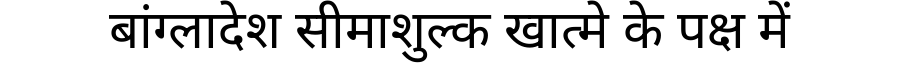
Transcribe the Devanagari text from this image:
बांग्लादेश सीमाशुल्क खात्मे के पक्ष में